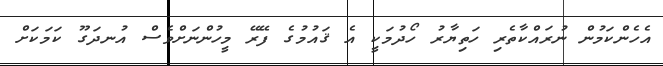
އެހެންކަމުން ނުރައްކާތެރި ހަތިޔާރު ހޯދުމަކީ އެ ޤައުމުގެ ފޭރޭ މީހުންނަށްވެސް އުނދަގޫ ކަމަކަށް